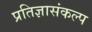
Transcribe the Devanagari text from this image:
प्रतिज्ञासंकल्प